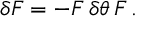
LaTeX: \delta F = - F \, \delta \theta \, F \, .